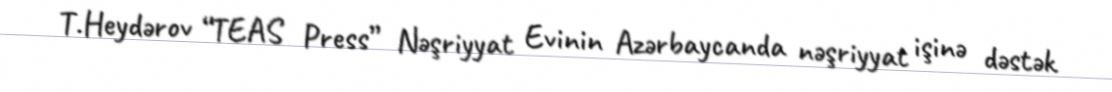
T.Heydərov “TEAS Press” Nəşriyyat Evinin Azərbaycanda nəşriyyat işinə dəstək